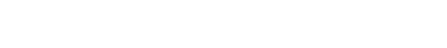
တွေအနေနဲ့ကတော့ ဒီဘတ်ခေတ်ကားတွေအတိုင်း ၈ ခုထည့်သွင်းပေးထားပြီး အသံထွက်